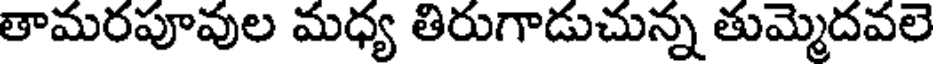
తామరపూవుల మధ్య తిరుగాడుచున్న తుమ్మెదవలె